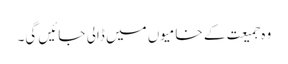
وہ جمیعت کے خامیوں میں ڈالی جائیں گی۔